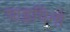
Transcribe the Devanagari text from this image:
पाइपिनो